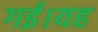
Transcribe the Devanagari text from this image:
गई।यह